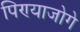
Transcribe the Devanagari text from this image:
पिण्याजोगे